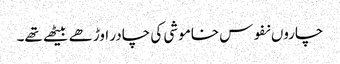
چاروں نفوس خاموشی کی چادر اوڑھے بیٹھے تھے۔